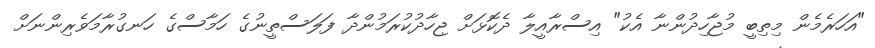
"އަހަރެމެން މިތިބީ މުޖާހިދުންނާ އެކު" އިސްރާއީލާ ދެކޮޅަށް ޖިހާދުކުރަމުންދާ ފަލަސްތީނުގެ ހަމާސްގެ ހަނގުރާމަވެރިންނަށް